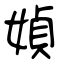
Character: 媜